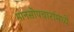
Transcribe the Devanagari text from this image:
मानसोपचारांमध्ये